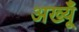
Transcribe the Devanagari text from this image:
अख्यूँ